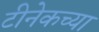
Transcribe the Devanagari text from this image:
टीनेकच्या